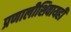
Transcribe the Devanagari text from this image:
प्रणालीशिवायही